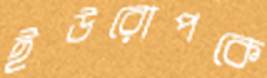
ইউরোপকে